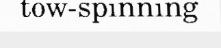
tow-spinning